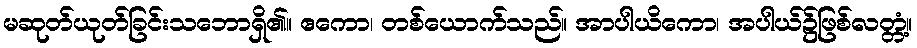
မဆုတ်ယုတ်ခြင်းသဘောရှိ၏။ ဧကော၊ တစ်ယောက်သည်။ အာပါယိကော၊ အပါယ်၌ဖြစ်လတ္တံ့။